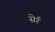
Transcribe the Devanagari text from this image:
सेर्र